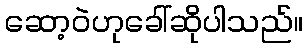
ဆော့ဝဲဟုခေါ်ဆိုပါသည်။